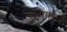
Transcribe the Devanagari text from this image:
शराफात